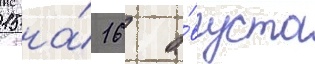
15 на́ 16 а́вгуста